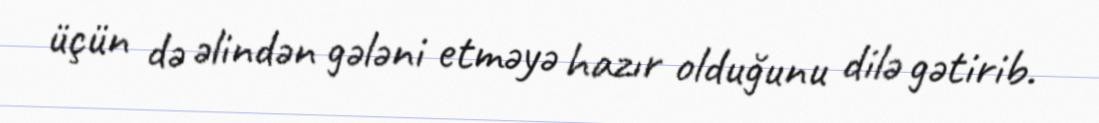
üçün də əlindən gələni etməyə hazır olduğunu dilə gətirib.